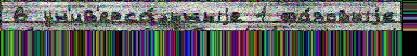
6 ун'ив'ерса́льныjе 1 фа́зовыjе